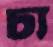
চ্য